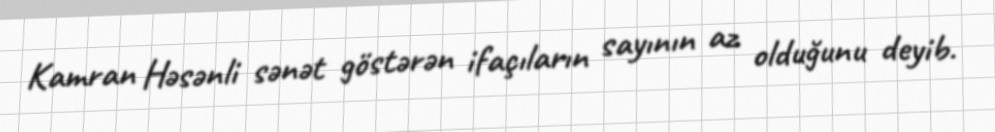
Kamran Həsənli sənət göstərən ifaçıların sayının az olduğunu deyib.